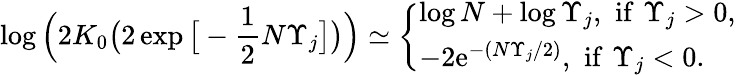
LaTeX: \log\Big(2K_{0}\big(2\exp\big[-\frac{1}{2}N\Upsilon_{j}\big]\big)\Big)\simeq\left\{ \begin{array}{ll}{\log N+\log\Upsilon_{j},\, \, \mathrm{if}\, \, \Upsilon_{j}>0,}\\ {-2\mathrm{e}^{-(N\Upsilon_{j}/2)},\, \, \mathrm{if}\, \, \Upsilon_{j}<0.}\end{array}\right.